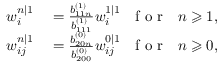
\begin{array} { r l } { w _ { i } ^ { n | 1 } } & { { } = \frac { b _ { 1 1 n } ^ { ( 1 ) } } { b _ { 1 1 1 } ^ { ( 1 ) } } w _ { i } ^ { 1 | 1 } \mathrm { ~ ~ ~ f ~ o ~ r ~ ~ ~ } n \geqslant 1 , } \\ { w _ { i j } ^ { n | 1 } } & { { } = \frac { b _ { 2 0 n } ^ { ( 0 ) } } { b _ { 2 0 0 } ^ { ( 0 ) } } w _ { i j } ^ { 0 | 1 } \mathrm { ~ ~ ~ f ~ o ~ r ~ ~ ~ } n \geqslant 0 , } \end{array}